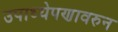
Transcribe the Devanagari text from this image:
उपाध्येपणावरुन